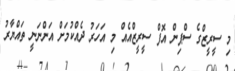
މި ސީރީޒްގެ ސްޕިން އޮފް ސީރީޒްއެއް މި އަހަރު ދެއްކުމަށް އަންނަނީ ތައްޔާރު